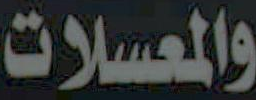
والمعسلات